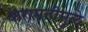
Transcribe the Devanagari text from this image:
करामतीमुळे